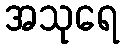
အသုရေ